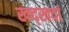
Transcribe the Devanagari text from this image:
खद्खदां